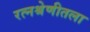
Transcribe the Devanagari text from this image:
रत्नश्रेणीतला